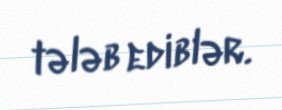
tələb ediblər.